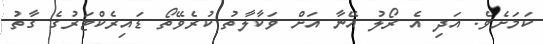
ކަމަށެވެ. އަދި އެ ރޯލު އޭނާ އަށް ވަކާލާތު ކުރެވޭތޯ ޑައިރެކްޓަރުގެ ގާތު